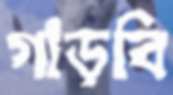
গাড়বি